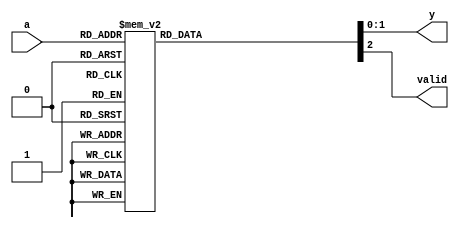
module prime_implicant_simplifier (
    input wire [3:0] a,     // 4-bit binary input
    output reg [1:0] y,     // 2-bit output for minimized boolean function
    output reg valid         // Flag to indicate valid output
);

// Example truth table for a specific function (for demonstration purposes)
always @(*) begin
    valid = 1'b0;          // Default output validity
    case (a)
        4'b0000: begin y = 2'b00; valid = 1'b1; end // Represents output 0
        4'b0001: begin y = 2'b00; valid = 1'b1; end // Represents output 0
        4'b0010: begin y = 2'b01; valid = 1'b1; end // Represents output 1
        4'b0011: begin y = 2'b01; valid = 1'b1; end // Represents output 1
        4'b0100: begin y = 2'b10; valid = 1'b1; end // Represents output 2
        4'b0101: begin y = 2'b11; valid = 1'b1; end // Represents output 3
        4'b0110: begin y = 2'b10; valid = 1'b1; end // Represents output 2
        4'b0111: begin y = 2'b10; valid = 1'b1; end // Represents output 2
        4'b1000: begin y = 2'b00; valid = 1'b1; end // Represents output 0
        4'b1001: begin y = 2'b00; valid = 1'b1; end // Represents output 0
        4'b1010: begin y = 2'b01; valid = 1'b1; end // Represents output 1
        4'b1011: begin y = 2'b01; valid = 1'b1; end // Represents output 1
        4'b1100: begin y = 2'b00; valid = 1'b1; end // Represents output 0
        4'b1101: begin y = 2'b00; valid = 1'b1; end // Represents output 0
        4'b1110: begin y = 2'b10; valid = 1'b1; end // Represents output 2
        4'b1111: begin y = 2'b11; valid = 1'b1; end // Represents output 3
        default: begin y = 2'b00; valid = 1'b0; end // Invalid output
    endcase
end

endmodule